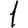
Digit: 1